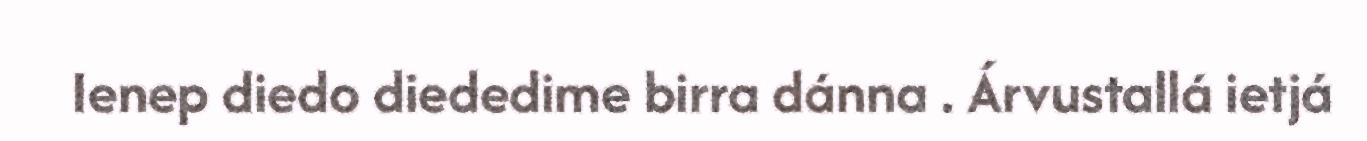
Ienep diedo diededime birra dánna . Árvustallá ietjá